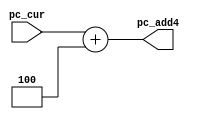
`timescale 1ns / 1ps

module add4(
	input [31:0] pc_cur,
	output [31:0] pc_add4
    );
    assign pc_add4 = pc_cur + 4;
endmodule